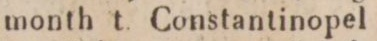
month t. Constantinopel